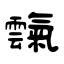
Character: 霼